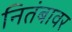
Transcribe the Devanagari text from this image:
नितंबावर